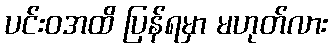
ပင်းဝအထိ ပြန်ရမှာ မဟုတ်လား